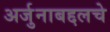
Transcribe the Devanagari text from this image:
अर्जुनाबद्दलचे